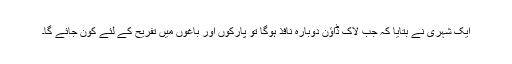
ایک شہری نے بتایا کہ جب لاک ڈاؤن دوبارہ نافذ ہوگا تو پارکوں اور باغوں میں تفریح کے لئے کون جائے گا۔